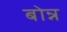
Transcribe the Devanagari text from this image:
बोन्न